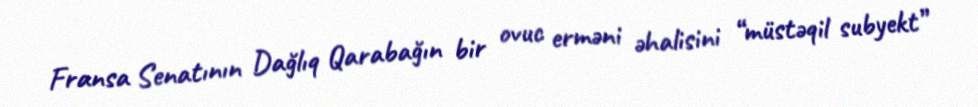
Fransa Senatının Dağlıq Qarabağın bir ovuc erməni əhalisini “müstəqil subyekt”